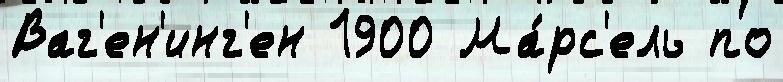
Ваг'ен'инг'ен 1900 Ма́рс'ель по